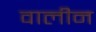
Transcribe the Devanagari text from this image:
वालीन